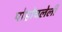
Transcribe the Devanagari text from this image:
पोहोचलेली